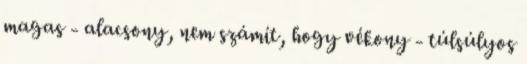
magas - alacsony, nem számít, hogy vékony - túlsúlyos